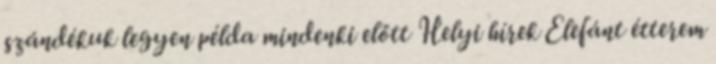
szándékuk legyen példa mindenki előtt Helyi hírek Elefánt étterem